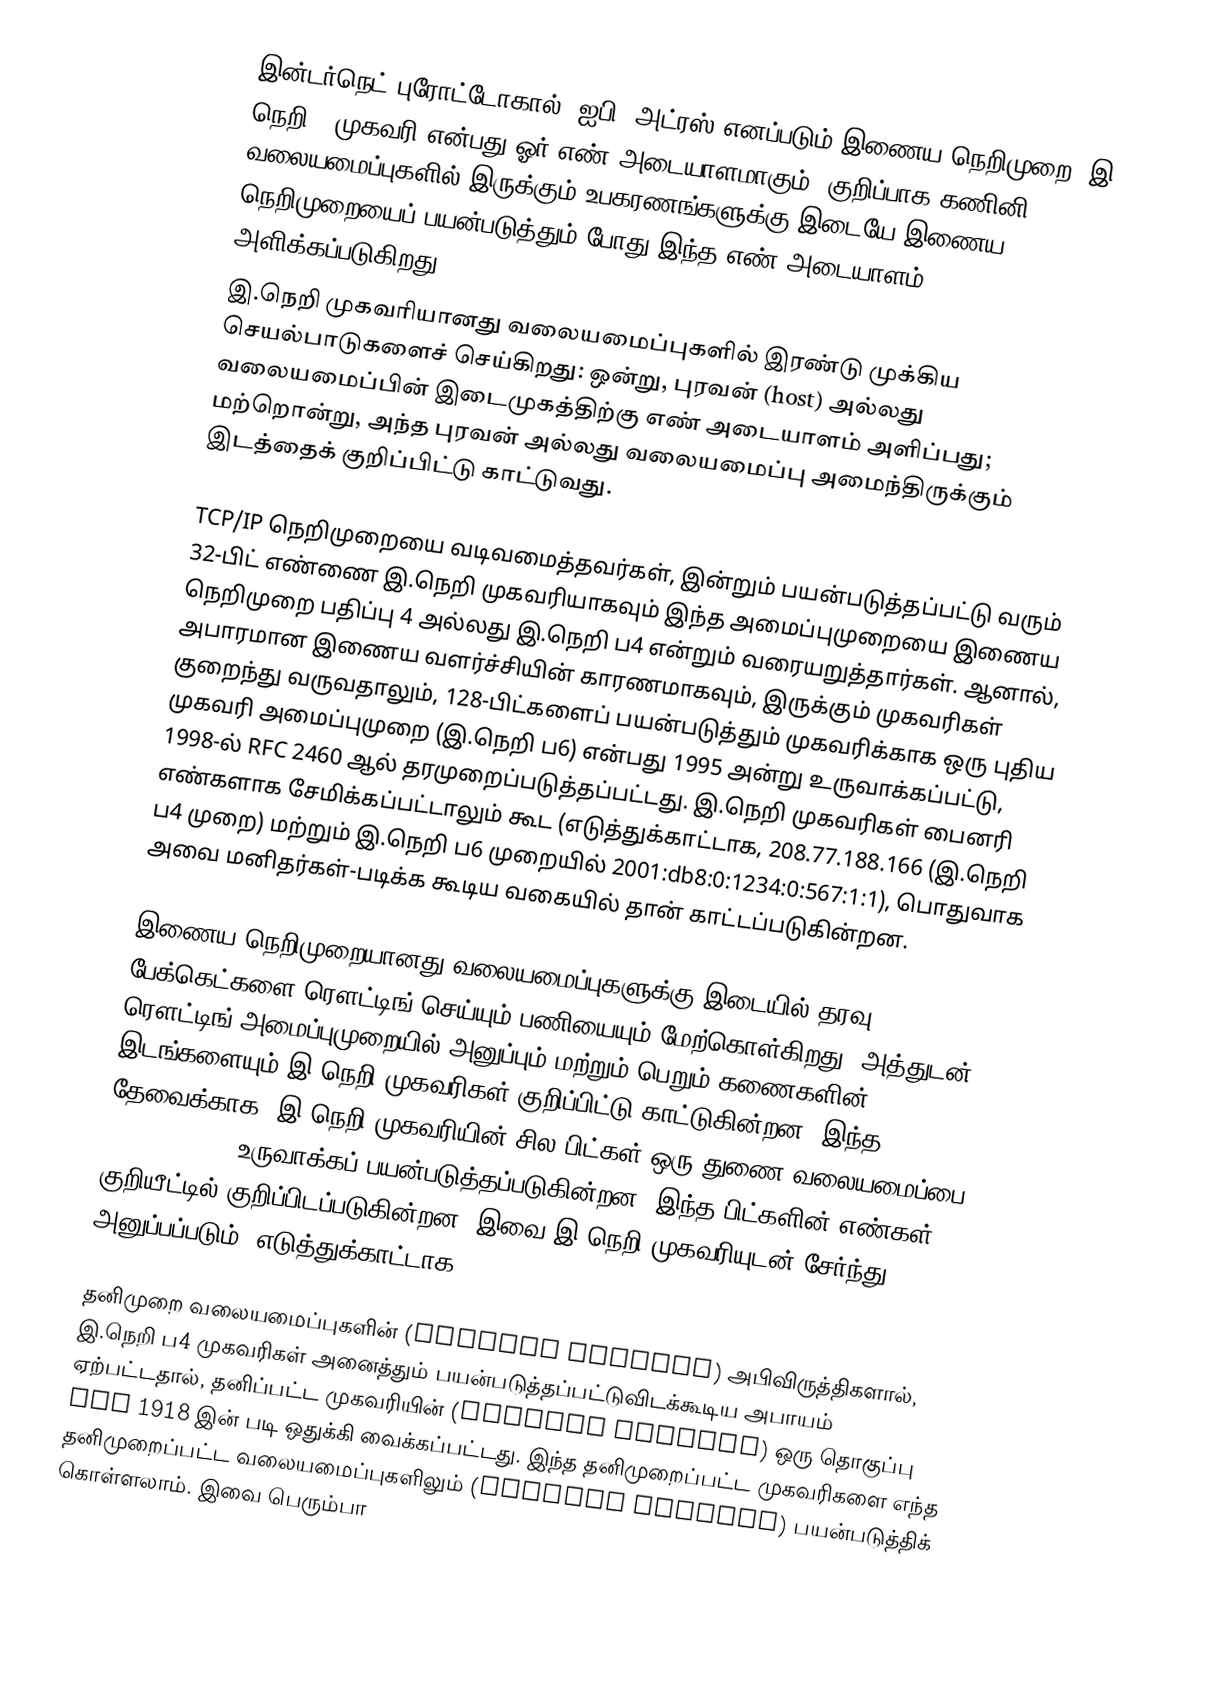
இன்டர்நெட் புரோட்டோகால் (ஐபி) அட்ரஸ் எனப்படும் இணைய நெறிமுறை (இ. நெறி ) முகவரி என்பது ஓர் எண் அடையாளமாகும். குறிப்பாக கணினி வலையமைப்புகளில் இருக்கும் உபகரணங்களுக்கு இடையே இணைய நெறிமுறையைப் பயன்படுத்தும் போது இந்த எண் அடையாளம் அளிக்கப்படுகிறது.
இ.நெறி முகவரியானது வலையமைப்புகளில் இரண்டு முக்கிய செயல்பாடுகளைச் செய்கிறது: ஒன்று, புரவன் (host) அல்லது வலையமைப்பின் இடைமுகத்திற்கு எண் அடையாளம் அளிப்பது; மற்றொன்று, அந்த புரவன் அல்லது வலையமைப்பு அமைந்திருக்கும் இடத்தைக் குறிப்பிட்டு காட்டுவது.

TCP/IP நெறிமுறையை வடிவமைத்தவர்கள், இன்றும் பயன்படுத்தப்பட்டு வரும் 32-பிட் எண்ணை இ.நெறி முகவரியாகவும் இந்த அமைப்புமுறையை இணைய நெறிமுறை பதிப்பு 4 அல்லது இ.நெறி ப4 என்றும் வரையறுத்தார்கள். ஆனால், அபாரமான இணைய வளர்ச்சியின் காரணமாகவும், இருக்கும் முகவரிகள் குறைந்து வருவதாலும், 128-பிட்களைப் பயன்படுத்தும் முகவரிக்காக ஒரு புதிய முகவரி அமைப்புமுறை (இ.நெறி ப6) என்பது 1995 அன்று உருவாக்கப்பட்டு, 1998-ல் RFC 2460 ஆல் தரமுறைப்படுத்தப்பட்டது. இ.நெறி முகவரிகள் பைனரி எண்களாக சேமிக்கப்பட்டாலும் கூட (எடுத்துக்காட்டாக, 208.77.188.166 (இ.நெறி ப4 முறை) மற்றும் இ.நெறி ப6 முறையில் 2001:db8:0:1234:0:567:1:1), பொதுவாக அவை மனிதர்கள்-படிக்க கூடிய வகையில் தான் காட்டப்படுகின்றன.

இணைய நெறிமுறையானது வலையமைப்புகளுக்கு இடையில் தரவு பேக்கெட்களை ரௌட்டிங் செய்யும் பணியையும் மேற்கொள்கிறது. அத்துடன் ரௌட்டிங் அமைப்புமுறையில் அனுப்பும் மற்றும் பெறும் கணைகளின்(node) இடங்களையும் இ.நெறி முகவரிகள் குறிப்பிட்டு காட்டுகின்றன. இந்த தேவைக்காக, இ.நெறி முகவரியின் சில பிட்கள் ஒரு துணை-வலையமைப்பை (sub-network) உருவாக்கப் பயன்படுத்தப்படுகின்றன. இந்த பிட்களின் எண்கள் CIDR குறியீட்டில் குறிப்பிடப்படுகின்றன. இவை இ.நெறி முகவரியுடன் சேர்ந்து அனுப்பப்படும். எடுத்துக்காட்டாக, 208.77.188.166/24 .

தனிமுறை வலையமைப்புகளின் (Private Network) அபிவிருத்திகளால், இ.நெறி ப4 முகவரிகள் அனைத்தும் பயன்படுத்தப்பட்டுவிடக்கூடிய அபாயம் ஏற்பட்டதால், தனிப்பட்ட முகவரியின் (private address) ஒரு தொகுப்பு RFC 1918 இன் படி ஒதுக்கி வைக்கப்பட்டது. இந்த தனிமுறைப்பட்ட முகவரிகளை எந்த தனிமுறைப்பட்ட வலையமைப்புகளிலும் (private network) பயன்படுத்திக் கொள்ளலாம். இவை பெரும்பா